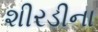
શીરડીના